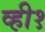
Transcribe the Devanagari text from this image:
व्ही१